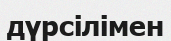
дүрсілімен